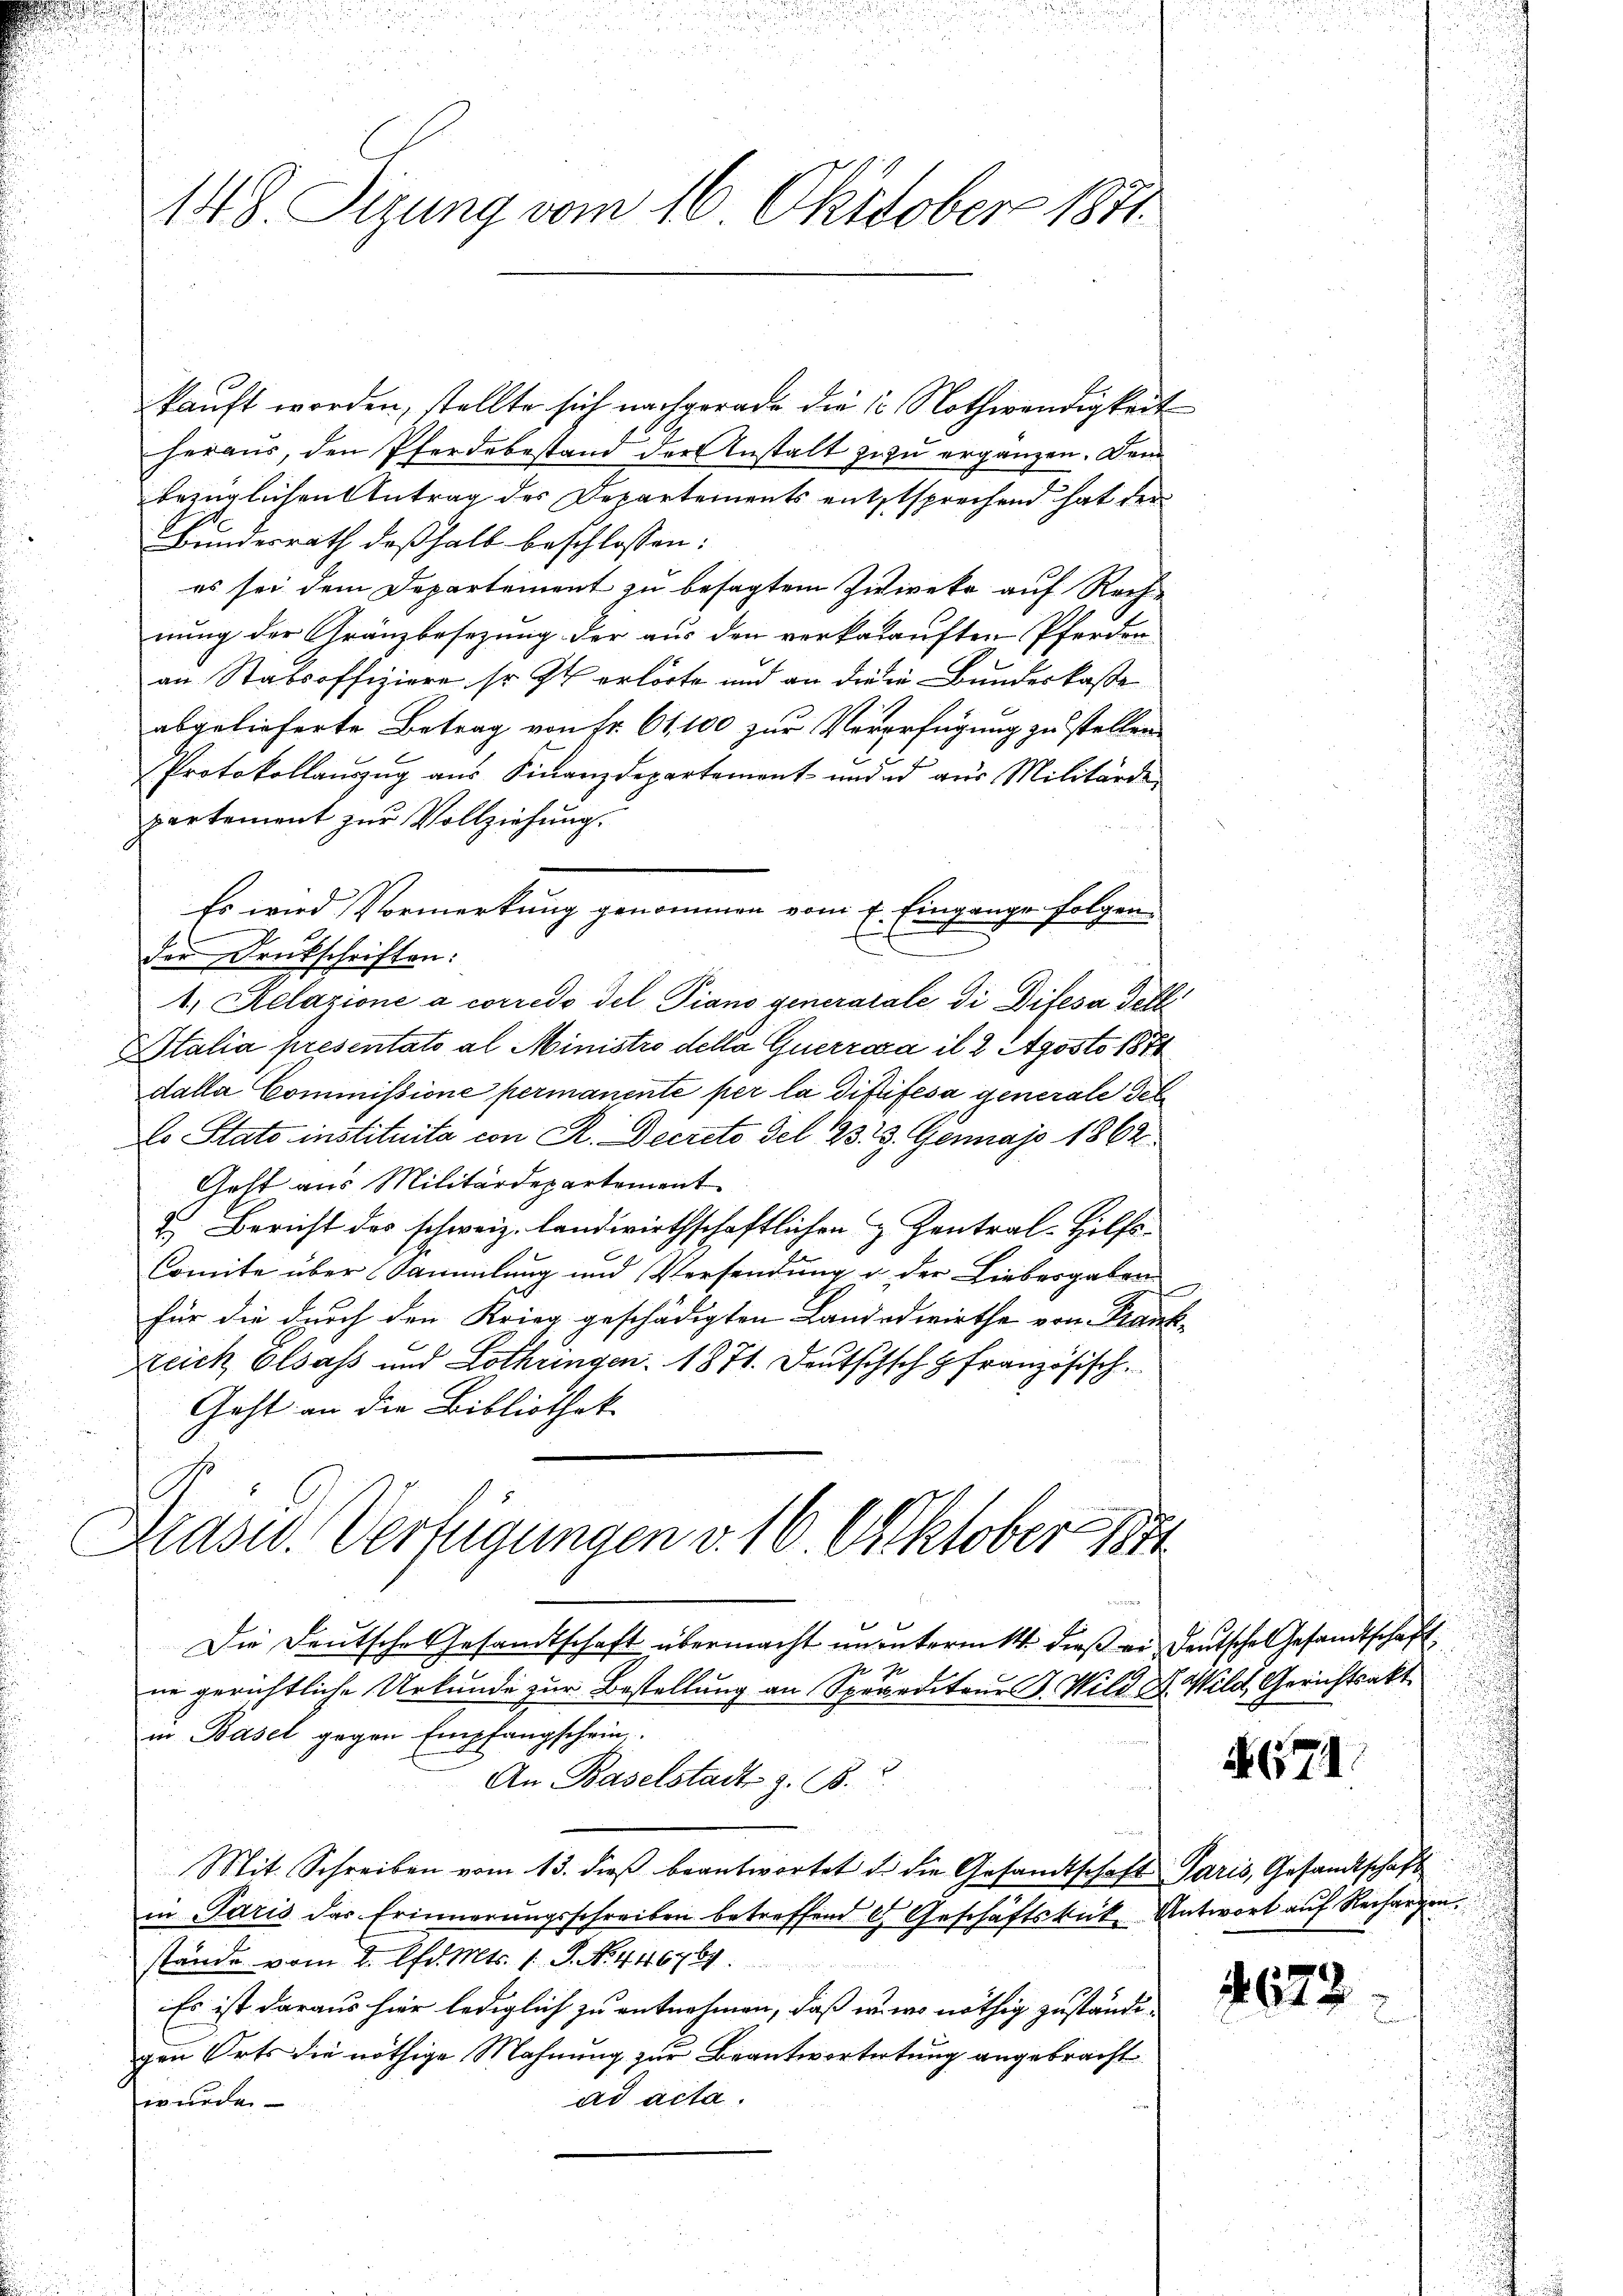
148. Sizung vom 16. Oktober 1871

kauft worden, stellte sich nachgerade die 1. Nothwendigkeit
heraus, den Pferdebestand der Anstalt zu zu ergänzen. Dann
bezüglichen Antrag des Departements entstsprechend hat der
Bundesrath deßhalb beschlossen:
es sei dem Departement zu besagtem Zwieke auf Rech-
nung der Gränzbesezung der aus den verkauften Pferden
an Stabsoffiziere so st erhörte und an die in Bundeskasse
abgelieferte Betrag von Fr. 61, 100 zur Vererfügung zu stellen
Protokollaŭszŭg aŭs Finanzdepartement und ed aus Militärde
partement zur Vollziehung.
Es wird Vormerkung genommen vom 2. Eingange folgen
der Deutschriften:
1. Relazione a corredo del Piano generatale di Difesa Tell
Italia presentato al Ministro della querrara il 2 Aposto 1871
dalla Commissione permanente per la distifesa generale Gel
lo Stato instituita con R. Decreto Tel 23. 3. Genajo 1862
Geht aus Militärdepartement
2. Bericht des schweiz. Landwirthschaftlichen & Zentral-Hilfs-
Comite über Sammlung und Versendung u. der Liebergaben
für die durch den Krieg geschädigten Landodwirthe von Krank-
Zeich Elsass und Lothringen. 1871. Deutschsch französisch
Geht an die Bibliothek-
Präsid. Verfügungen v. 16. Oktober 1844
Die Deutsche Gesandtschaft übermacht ununternitt dieß er deutsche Gesandtschaft,
ne gerichtliche Urkunde zur Bestellung an Spurediteur G. Wild d. Wild, Gerichtsakt
in Basel gegen Empfangschein,
An Baselstadt z. B.
Mit Schreiben vom 13. dieβ beantwortet u. die Gesandtschaft Paris, Gesandtschaft
in Paris das Erinnerŭngsschreiben betreffend E. Geschäftstück Antwort auf Rechangen.
stände vom 2. Chr. Mts. 1. P. N. 446769.
Es ist daraus hier lediglich zu entnehmen, daß er wo nöthig zuständigen Orts die nöthige Mahnung zur Beantwortertung angebracht
ad acta.
wurde

4671.

672.